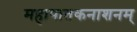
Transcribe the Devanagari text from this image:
महापातकनाशनम्‌